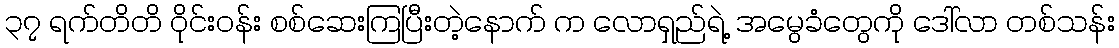
၃၇ ရက်တိတိ ဝိုင်းဝန်း စစ်ဆေးကြပြီးတဲ့နောက် က လောရှည်ရဲ့ အမွေခံတွေကို ဒေါ်လာ တစ်သန်း